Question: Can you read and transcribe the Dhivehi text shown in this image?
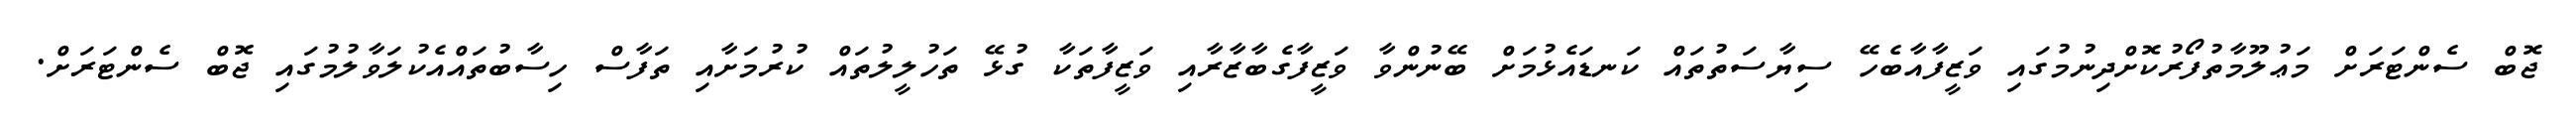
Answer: ޖޮބް ސެންޓަރަށް މަޢުލޫމާތުފޯރުކޮށްދިނުމުގައި ވަޒީފާއާބެހޭ ސިޔާސަތުތައް ކަނޑައެޅުމަށް ބޭނުންވާ ވަޒީފާގެބާޒާރާއި ވަޒީފާތަކާ ގުޅޭ ތަހުލީލުތައް ކުރުމަށާއި ތަފާސް ހިސާބުތައްއެކުލަވާލުމުގައި ޖޮބް ސެންޓަރަށް.